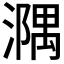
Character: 𣿃